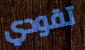
تقودي